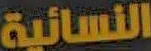
النسائية